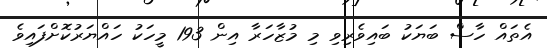
އެތައް ހާސް ބަޔަކު ބައިވެރިވި މި މުޒާހަރާ އިން 193 މީހަކު ހައްޔަރުކޮށްފައިވެ